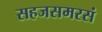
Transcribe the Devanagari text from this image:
सहजसमरसं